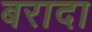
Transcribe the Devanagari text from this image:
बरादा